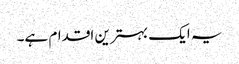
یہ ایک بہترین اقدام ہے۔